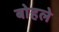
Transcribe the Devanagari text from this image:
बोहले